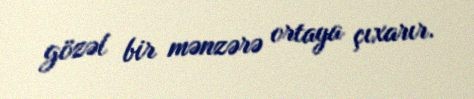
gözəl bir mənzərə ortaya çıxarır.